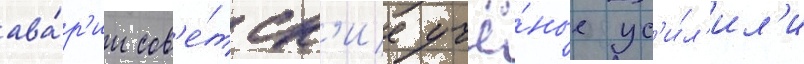
ава́р'ии сов'е́тск'ие учё́ные ус'и́л'ил'и